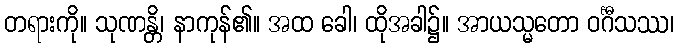
တရားကို။ သုဏန္တိ၊ နာကုန်၏။ အထ ခေါ၊ ထိုအခါ၌။ အာယသ္မတော ဝင်္ဂီသဿ၊